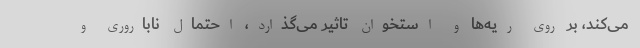
می‌کند، بر روی ریه‌ها و استخوان تاثیر می‌گذارد، احتمال ناباروری و